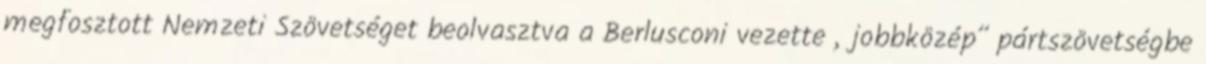
megfosztott Nemzeti Szövetséget beolvasztva a Berlusconi vezette „jobbközép” pártszövetségbe